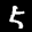
Label: 5